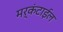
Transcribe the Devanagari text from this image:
मर्कंटाईल